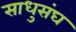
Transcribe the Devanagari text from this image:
साधुसंघ